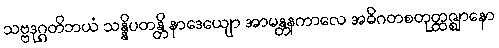
သဗ္ဗဒုဂ္ဂတိဘယံ သန္နိပတန္တိ နာဒေယျော အာမန္တနကာလေ အဓိဂတစတုတ္ထဇ္ဈာနော